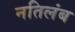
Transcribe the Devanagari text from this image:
नतिलंब